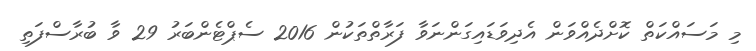
މި މަސައްކަތް ކޮށްދެއްވަން އެދިވަޑައިގަންނަވާ ފަރާތްތަކުން 2016 ސެޕްޓެންބަރު 29 ވާ ބުރާސްފަތި